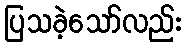
ပြသခဲ့သော်လည်း